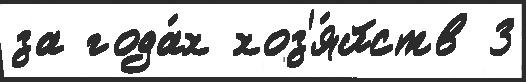
за года́х хоз'я́йств 3